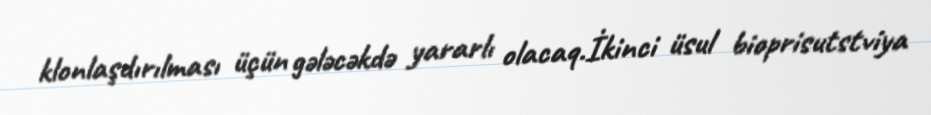
klonlaşdırılması üçün gələcəkdə yararlı olacaq.İkinci üsul bioprisutstviya